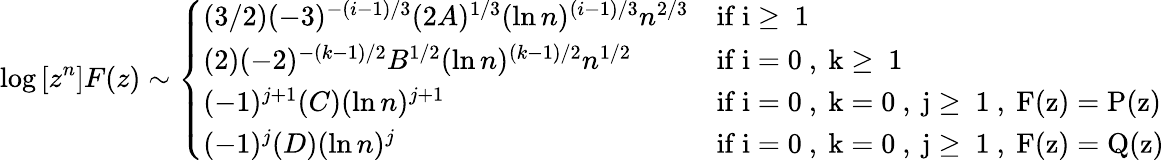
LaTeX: \log{[z^{n}]F(z)}\sim\left\{ \begin{array}{ll}{(3/2)(-3)^{-(i-1)/3}(2A)^{1/3}(\ln{n})^{(i-1)/3}n^{2/3}}&{\mathrm{if~i\geq~1~}}\\ {(2)(-2)^{-(k-1)/2}B^{1/2}(\ln{n})^{(k-1)/2}n^{1/2}}&{\mathrm{if~i=0~,~k\geq~1~}}\\ {(-1)^{j+1}(C)(\ln{n})^{j+1}}&{\mathrm{if~i=0~,~k=0~,~j\geq~1~,~F(z)=P(z)~}}\\ {(-1)^{j}(D)(\ln{n})^{j}}&{\mathrm{if~i=0~,~k=0~,~j\geq~1~,~F(z)=Q(z)~}}\end{array}\right.